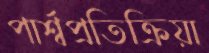
পার্শ্বপ্রতিক্রিয়া